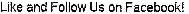
LIKE AND FOLLOW US ON FACEBOOK!